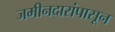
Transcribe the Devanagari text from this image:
जमीनदारांपासून